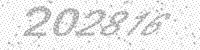
Solution: 202816